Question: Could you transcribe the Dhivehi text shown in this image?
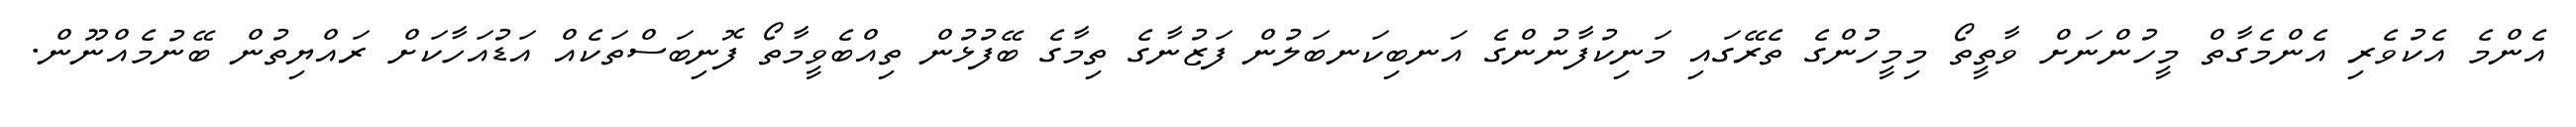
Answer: އެންމެ އެކުވެރި އެންމެގާތް މީހުންނަށް ވާތީތޯ މިމީހުންގެ ތެރޭގައި މަނިކުފާނުންގެ އަނބިކަނބަލުން ފަޒުނާގެ ތިމާގެ ބޭފުޅުން ތިއްބެވީމާތޯ ފޮނިބަސްތަކެއް އަޑުއަހާކަށް ރައްޔިތުން ބޭނުމެއްނޫން.